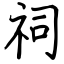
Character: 祠